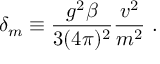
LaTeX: \delta _ { m } \equiv \frac { g ^ { 2 } \beta } { 3 ( 4 \pi ) ^ { 2 } } \frac { v ^ { 2 } } { m ^ { 2 } } \ .